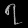
Digit: ၇